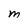
Character: M